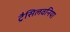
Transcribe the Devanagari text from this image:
ट्रैसिलवनिया